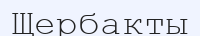
Щербакты